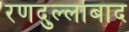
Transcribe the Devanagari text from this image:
रणदुल्लाबाद